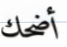
أضحك